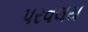
પરવલય